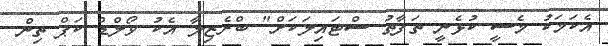
އެކަމަކު މެސީ ކުޅެނީ ތަފާތު ސްޓަައިލަކަށް" ބްރެޒިލާ އެކު ވޯލްޑް ކަޕް ތިން